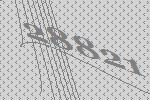
28821